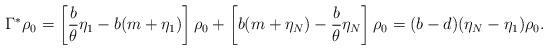
LaTeX: \begin{align*}\Gamma^*\rho_0=\left[\frac{b}{\theta}\eta_1-b(m+\eta_1)\right]\rho_0+\left[b(m+\eta_N)-\frac{b}{\theta}\eta_N\right]\rho_0=(b-d)(\eta_N-\eta_1)\rho_0.\end{align*}